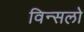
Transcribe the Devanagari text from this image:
विन्सलो